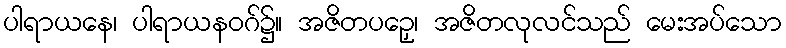
ပါရာယနေ၊ ပါရာယနဝဂ်၌။ အဇိတပဉှေ၊ အဇိတလုလင်သည် မေးအပ်သော